Vaccine operations Central Provinces 1886-1899 - 1886-1899
Year: 1886
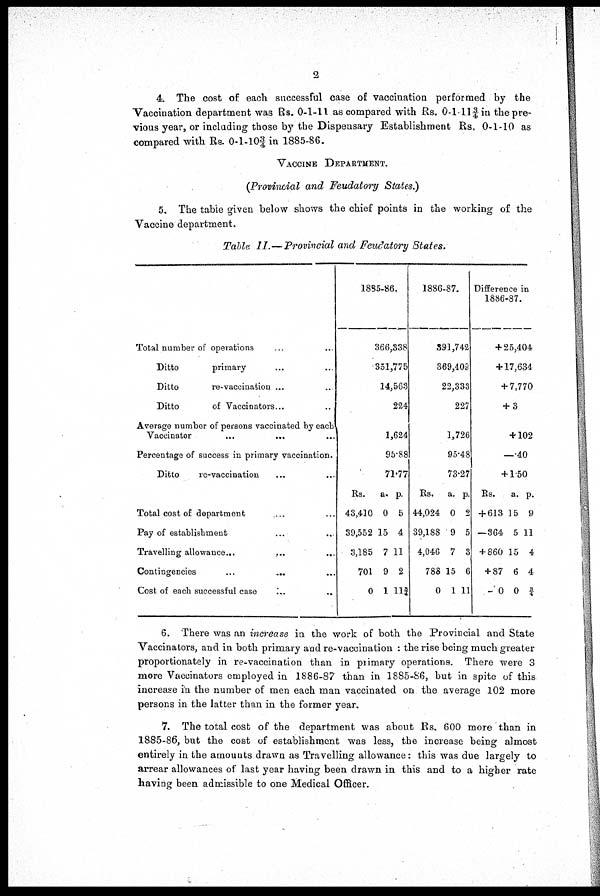
2
4. The cost of each successful case of vaccination performed by the
Vaccination department was Rs. 0-1-11 as compared with Rs. 0-1-11¾ in the pre-
vious year, or including those by the Dispensary Establishment Rs. 0-1-10 as
compared with Rs. 0-1-10¾ in 1885-86.
VACCINE DEPARTMENT.
(Provincial and Feudatory States.)
5. The table given below shows the chief points in the working of the
Vaccine department.
Table II.—Provincial and Feudatory States.
Total number of operations ... ...
Ditto
primary ... ...
Ditto
re-vaccination ... ...
Ditto
of Vaccinators... ...
Average number of persons vaccinated by each
Vaccinator ... ...
Percentage of success in primary vaccination.
Ditto
re-vaccination ... ...
Total cost of department
Pay of establishment ... ...
Travelling allowance...
...
Contingencies
...
...
Cost of each successful case
...
...
1885-86.
366,338
351,775
14,563
224
1,624
95.88
71.77
Rs.
43,410
39,552
3,185
701
0
a.
0
15
7
9
1
p.
5
4
11
2
11¾
1836-87.
391,742
369,403
22,333
227
1,726
95.48
73.27
Rs.
44,024
39,188
4,046
788
0
a.
0
9
7
15
1
p.
2
5
3
6
11
Difference in
1886-87.
+ 25,404
+ 17,634
+ 7,770
+ 3
+ 102
—.40
+ 1.50
Rs.
+ 613
—364
+ 860
+ 87
— 0
a.
15
5
15
6
0
p.
9
11
4
4
¾
6. There was an increase in the work of both the Provincial and State
Vaccinators, and in both primary and re-vaccination : the rise being much greater
proportionately in re-vaccination than in primary operations. There were 3
more Vaccinators employed in 1886-87 than in 1885-86, but in spite of this
increase in the number of men each man vaccinated on the average 102 more
persons in the latter than in the former year.
7. The total cost of the department was about Rs. 600 more than in
1885-86, but the cost of establishment was less, the increase being almost
entirely in the amounts drawn as Travelling allowance: this was due largely to
arrear allowances of last year having been drawn in this and to a higher rate
having been admissible to one Medical Officer.